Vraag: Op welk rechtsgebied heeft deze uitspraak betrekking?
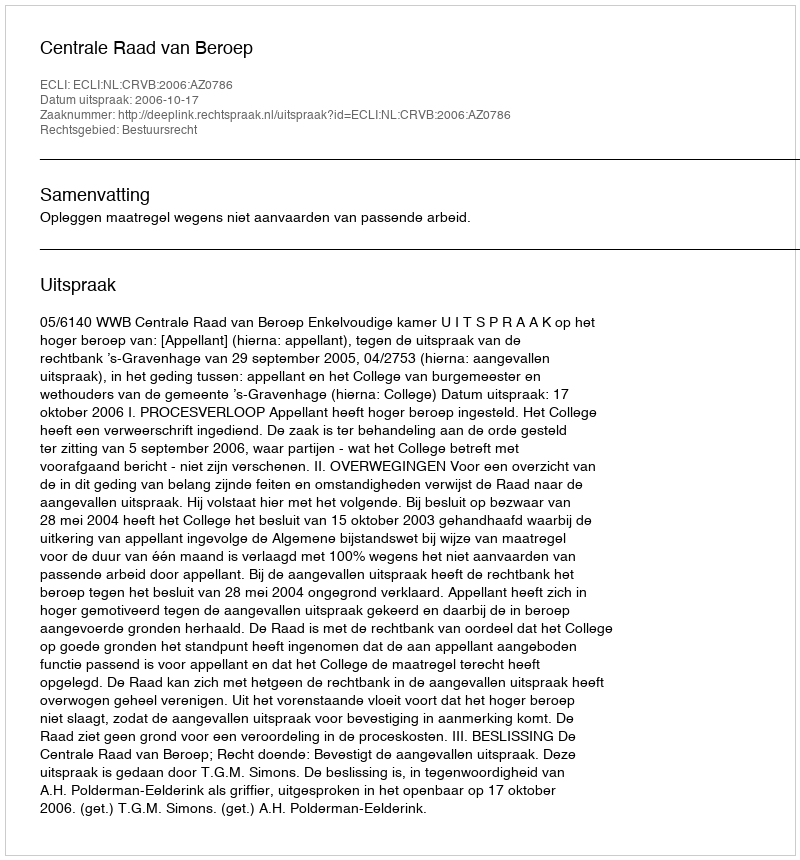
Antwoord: Bestuursrecht